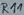
Text: R11